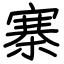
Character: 寨